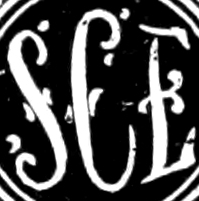
SCE